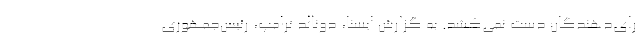
رای‌دهندگان دست نمی‌کشد. به گزارش ایسنا، دونالد ترامپ، رئیس‌جمهوری